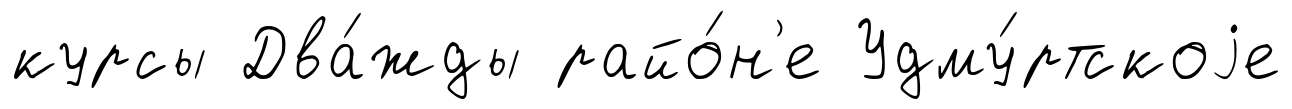
курсы Два́жды райо́н'е Удму́ртскоjе